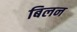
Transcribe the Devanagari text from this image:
बिलन